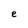
Character: e